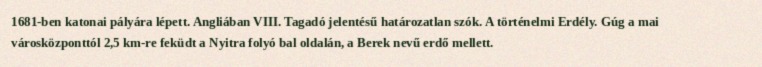
1681-ben katonai pályára lépett. Angliában VIII. Tagadó jelentésű határozatlan szók. A történelmi Erdély. Gúg a mai városközponttól 2,5 km-re feküdt a Nyitra folyó bal oldalán, a Berek nevű erdő mellett.